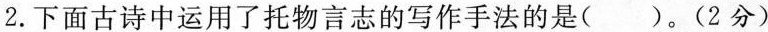
2.下面古诗中运用了托物言志的写作手法的是( )。(2分)